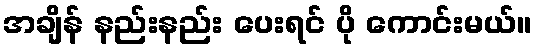
အချိန် နည်းနည်း ပေးရင် ပို ကောင်းမယ်။